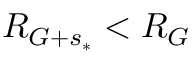
R _ { G + s _ { * } } < R _ { G }